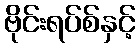
ဗိုင်းရပ်စ်နှင့်